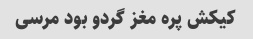
کیکش پره مغز گردو بود مرسی